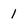
Character: 1